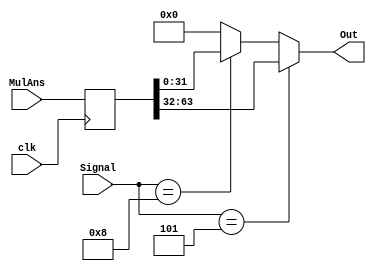

module HiLo( Out, clk, MulAns, Signal );
input clk ;
input[3:0] Signal ;
input[63:0] MulAns ;
output[31:0] Out ;

reg [63:0] HiLo ;

always@( posedge clk )

begin
        /*
	//if( reset )
	begin
		HiLo = 64'b0 ;
	end
	
	else
	*/
	begin
		HiLo = MulAns ;
	end
	
end
	
assign Out = ( Signal == 4'b0101 ) ? HiLo[63:32] : ( Signal == 4'b1000 ) ? HiLo[31:0] : 0 ;

endmodule